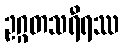
ဥဂ္ဂတသရီရဿ